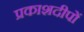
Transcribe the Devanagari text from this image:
प्रकाशदीपों